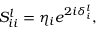
{ S } _ { i i } ^ { l } = { \eta } _ { i } e ^ { 2 i { \delta } _ { i } ^ { l } } ,